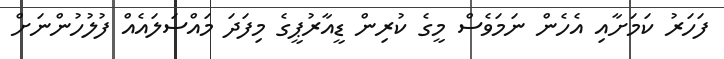
ފަހަރު ކަމަށާއި އެހެން ނަމަވެސް މީގެ ކުރިން ޑީއާރުޕީގެ މިފަދަ މައްސަލައެއް ފުލުހުންނަށް